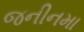
જનીનમા